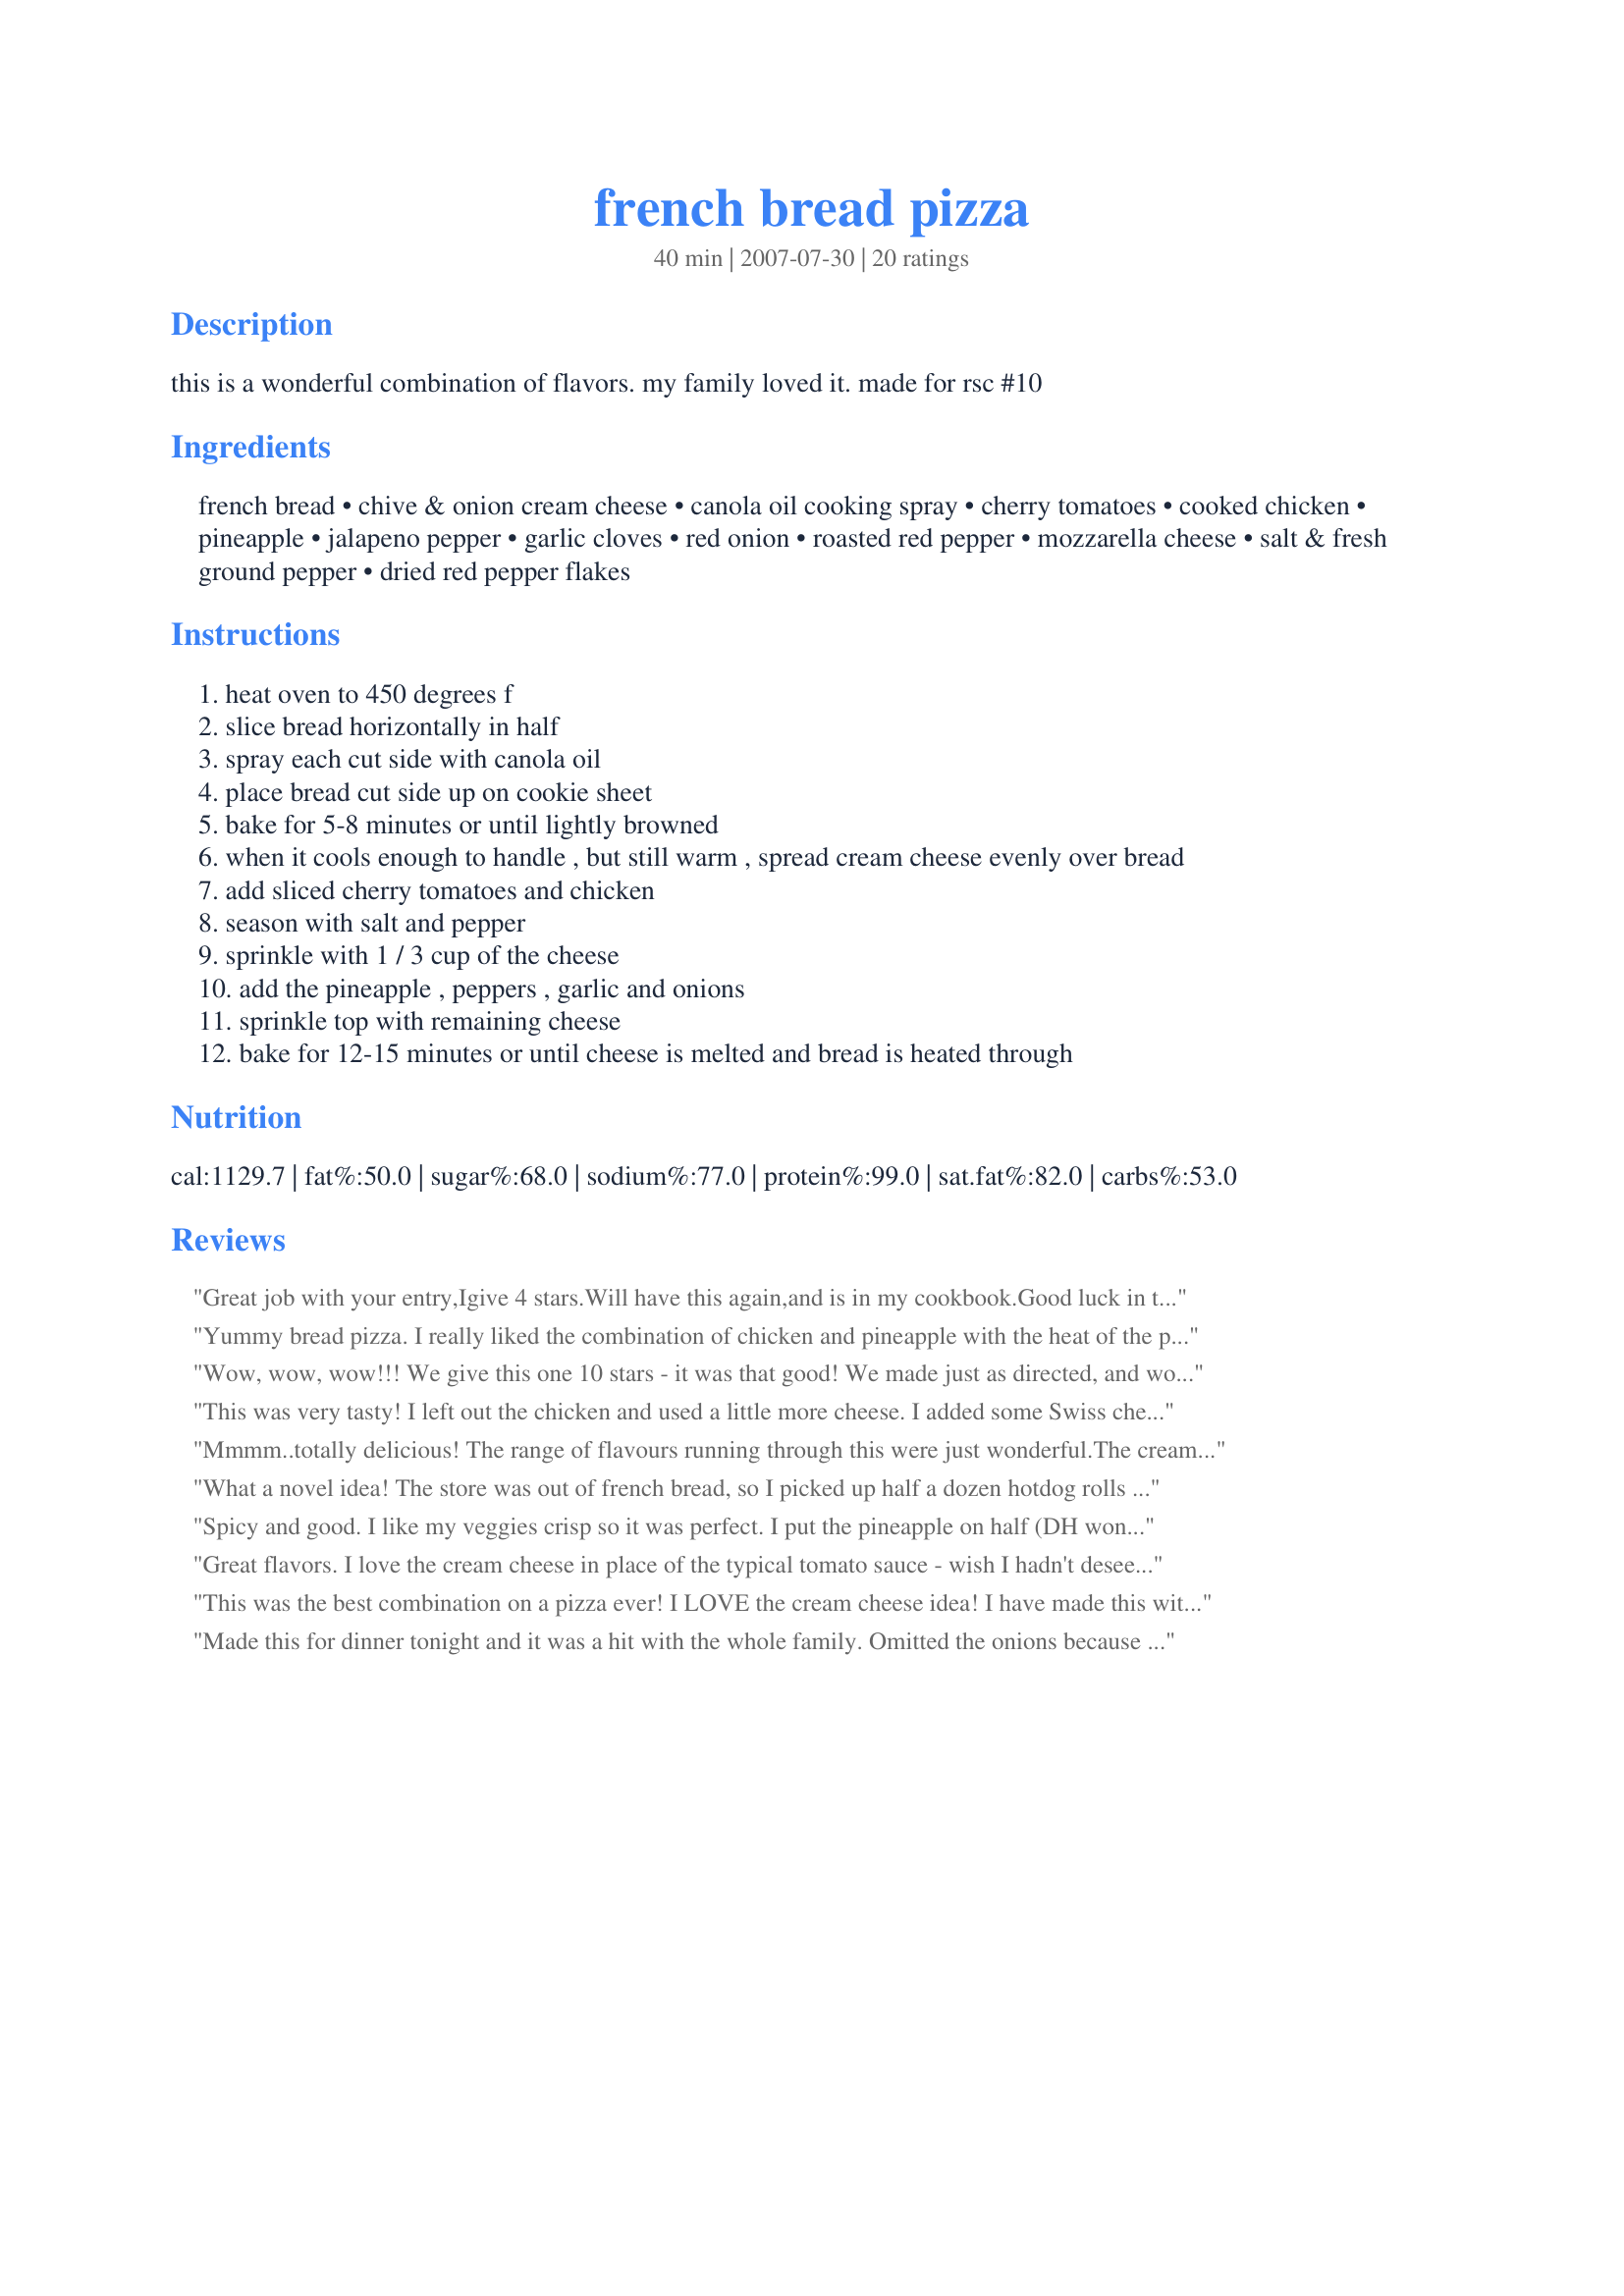
french bread pizza
Preparation time: 40 minutes

this is a wonderful combination of flavors. my family loved it. made for rsc #10

Ingredients:
french bread, chive & onion cream cheese, canola oil cooking spray, cherry tomatoes, cooked chicken, pineapple, jalapeno pepper, garlic cloves, red onion, roasted red pepper, mozzarella cheese, salt & fresh ground pepper, dried red pepper flakes

Steps:
heat oven to 450 degrees f
slice bread horizontally in half
spray each cut side with canola oil
place bread cut side up on cookie sheet
bake for 5-8 minutes or until lightly browned
when it cools enough to handle , but still warm , spread cream cheese evenly over bread
add sliced cherry tomatoes and chicken
season with salt and pepper
sprinkle with 1 / 3 cup of the cheese
add the pineapple , peppers , garlic and onions
sprinkle top with remaining cheese
bake for 12-15 minutes or until cheese is melted and bread is heated through

Reviews:
Great job with your entry,Igive 4 stars.Will have this again,and is in my cookbook.Good luck in the contest,has been fun.
Yummy bread pizza. I really liked the combination of chicken and pineapple with the heat of the peppers. Will definitely make this again. It is like a combination of Italian and Oriental flavors. Yum.
Wow, wow, wow!!! We give this one 10 stars - it was that good! We made just as directed, and wouldn't change a thing next time (my DH didn't think he'd like the pineapple on the pizza, but he loved it and said he'd add it again next time). Thanks Nimz...this one's a keeper :)
This was very tasty! I left out the chicken and used a little more cheese. I added some Swiss cheese too. Thanks! Made for PRMR.
Mmmm..totally delicious!
The range of flavours running through this were just wonderful.The cream cheese base worked so well with the sweetness of the pineapple and the gentle heat of the jalapeno and chilli flakes.
I skipped the red pepper (DH hates the jarred stuff,and I had no fresh),but I don't think that this omission impaired the result in any way.
A really easy and delicious recipe.
Thanks Nimz! Made for PRMR.
What a novel idea! The store was out of french bread, so I picked up half a dozen hotdog rolls instead, and made individual 'pizzas. For my daughter, I omitted the chillies, and I cooked up bacon rashers and used those instead of chicken, but otherwise I made as directed.

Simple to prepare, very versatile, everyone enjoyed this unusual supper and I can see I'll be making it again before too long!

Thanks, Nimz!
Spicy and good. I like my veggies crisp so it was perfect. I put the pineapple on half (DH won't do pineapple on pizza).
Good luck in the contest!
Great flavors. I love the cream cheese in place of the typical tomato sauce - wish I hadn't deseeded the jalapenos because it lacked the spice I was hoping for ... Boyfriend gobbled it up! Thanks for a keeper!
This was the best combination on a pizza ever! I LOVE the cream cheese idea! I have made this with cherry tomatoes and regular tomatoes and I prefer using regular ones. Also, I do not precook the bread anymore. I think it is a little too crisp to precook it and then cook it again. I just warm up the cream cheese before spreading it to make it easier to spread.
Made this for dinner tonight and it was a hit with the whole family. Omitted the onions because my kids don't like them and doubled the chicken. Our favorite part was the cream cheese and surprisingly the pineapple!
My husband and i both love pineapple on our pizza. I made this for lunch and for my husband to take it to work and it got great reviews from his co-workers. However, my husband is not a big fan of tomatoes on his pizza so i used pizza sauce instead and cut back on the cream cheese for personal preference but it still came out great. Thanks Nimz for posting the recipe. This is a keeper!
This pizza was sooooo good! The cream cheese stuff was my favorite part.
Ive never had cream cheese on a pizza before. These were Fabulous!!!
This was so good. I loved this, the flavors blended so well. I wasn't sure about the "pizza with no sauce" thing, but it was wonderful. I made this to use up some cooked chicken, but next time, I will cook the chicken FOR this recipe. Thank you so much for sharing this recipe with us, I will most definately make this again, its great!
A wonderful idea for a recipe, and we all enjoyed it. I especially liked the idea of cream cheese on this, along with pineapples, to go along with chicken. Excellent flavors, and a very nice blend of ingredients. Made for PRMR tag.
Made this for some company we had the other day & it was very well received! We had a couple of vegetarians, so I added the chicken to only half of the sliced loaf, & I'll admit to including only a small part of the jalapeno pepper! Still, it was a very nice treat for everyone & I was happy to make it rather than use a store-bought pizza that one guest wanted to buy! Thanks for a great keeper recipe! [Tagged, made & reviewed in the current Adopt-A-Tag 2009]
Congrats! Your Recipe was featured as our "Recipe of the Day" on our homepage! (7/18/11)
Great Pizza!!! Loved the cream cheese but skipped the jalapeno. Easy to do and so yummy!!!!
I made these for lunch today and they were just spectacular. My family loved them. I didn't know about the pineapple, but everyone agreed it was really good on this. I will definitely make again.
This recipe deserves a more fabulous title then "French Bread Pizza." The chive and onion cream cheese is a wonderful "secret" ingredient! Our 5 year old did not pick anything off the pizza and our guest asked for the recipe! This is a keeper! Good Luck Chef!!
